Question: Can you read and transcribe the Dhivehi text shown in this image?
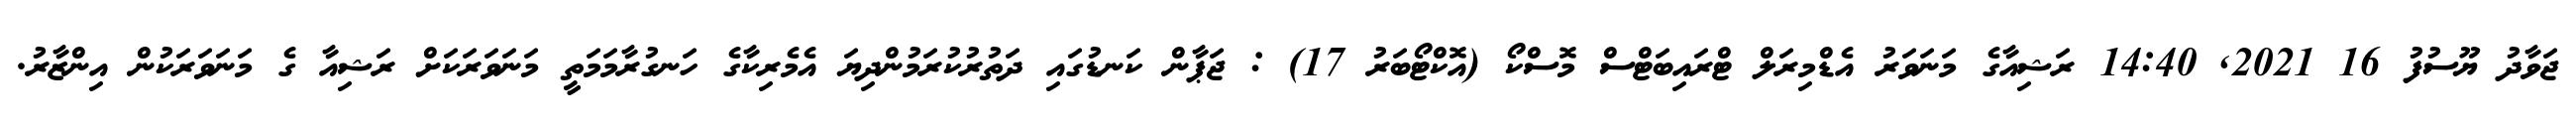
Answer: ޖަވާދު ޔޫސުފު 16 2021, 14:40 ރަޝިއާގެ މަނަވަރު އެޑްމިރަލް ޓްރައިބަޓްސް މޮސްކޯ (އޮކްޓޯބަރު 17) : ޖަޕާން ކަނޑުގައި ދަތުރުކުރަމުންދިޔަ އެމެރިކާގެ ހަނގުރާމަމަތީ މަނަވަރަކަށް ރަޝިއާ ގެ މަނަވަރަކުން އިންޒާރު.